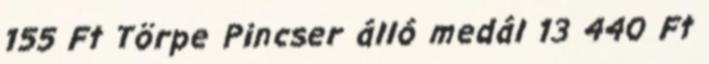
155 Ft Törpe Pincser álló medál 13 440 Ft